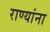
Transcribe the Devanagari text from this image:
राण्यांना